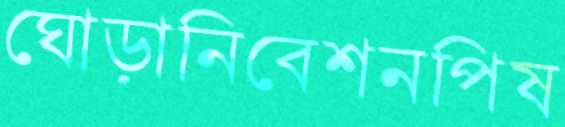
ঘোড়ানিবেশনপিষ